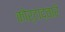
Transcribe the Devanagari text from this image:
कोर्टाद्वारे